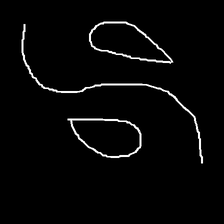
Glyph: water